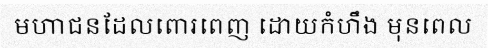
មហាជនដែលពោរពេញ ដោយកំហឹង មុនពេល